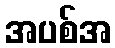
အပစ်အ